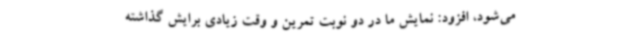
می‌شود، افزود: نمایش ما در دو نوبت تمرین و وقت زیادی برایش گذاشته